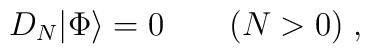
D_N|{\rm \Phi}\rangle = 0 \qquad (N>0)\; ,